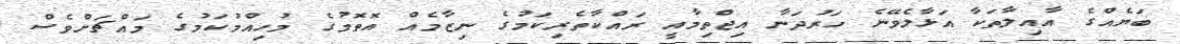
ބަޔެއްގެ އާއިލާތަކާ އަޅާލެވޭނެ ހަރުދަނާ އިޖްތިމާއީ ރައްކާތެރިކަމުގެ ނިޒާމެއް އޮތޮމުގެ މުހިއްމުކަމުގެ މައްޗަށްވެސް